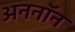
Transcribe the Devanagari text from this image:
अननाॅन